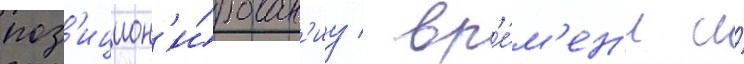
поз'ицион'и́рован'иу / вр'е́м'ен'и и́